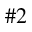
\# 2